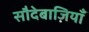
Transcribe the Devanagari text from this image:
सौदेबाज़ियाँ